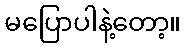
မပြောပါနဲ့တော့။